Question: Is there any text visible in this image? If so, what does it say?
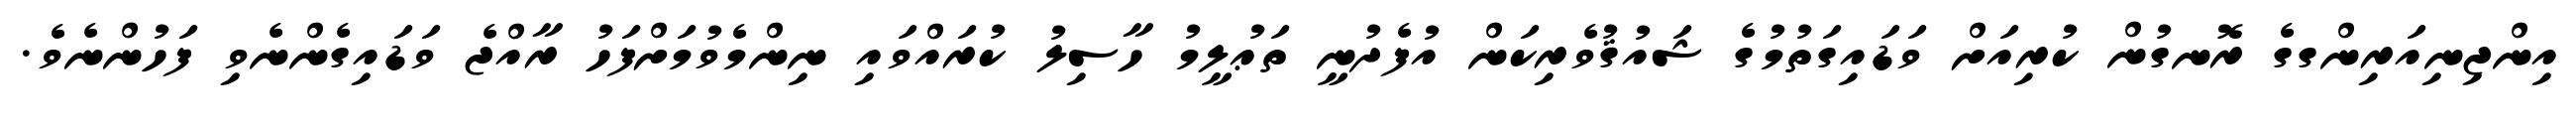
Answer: އިންޖިނިއަރިންގގެ ރޮނގުން ކުރިއަށް ވަޑައިގަތުމުގެ ޝައުޤުވެރިކަން އުފެދުނީ ތަޢުލީމު ހާސިލު ކުރައްވައި ނިންމެވުމަށްފަހު ރާއްޖެ ވަޑައިގެންނެވި ފަހުންނެވެ.